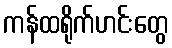
ကန်ထရိုက်ဟင်းတွေ